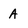
Character: A